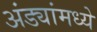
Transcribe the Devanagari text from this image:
अंड्यांमध्ये